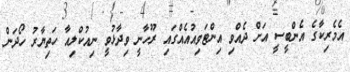
އެމެރިކާގެ އެންބީސީ އަށް ދެއްވި އިންޓަވިއުއެއްގައި ރޫހާނީ ވިދާޅުވީ ނިއުކްލިއާ ހަތިޔާރު ހޯދަން